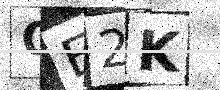
Text: QE2K